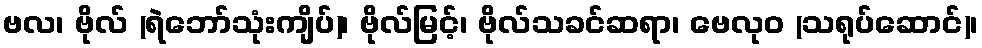
ဗလ၊ ဗိုလ် (ရဲဘော်သုံးကျိပ်)၊ ဗိုလ်မြင့်၊ ဗိုလ်သခင်ဆရာ၊ ဗေလုဝ (သရုပ်ဆောင်)၊